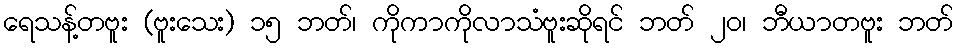
ရေသန့်တဗူး (ဗူးသေး) ၁၅ ဘတ်၊ ကိုကာကိုလာသံဗူးဆိုရင် ဘတ် ၂၀၊ ဘီယာတဗူး ဘတ်